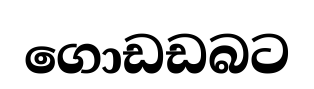
ගොඩඩබට